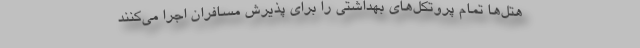
هتل‌ها تمام پروتکل‌های بهداشتی را برای پذیرش مسافران اجرا می‌کنند